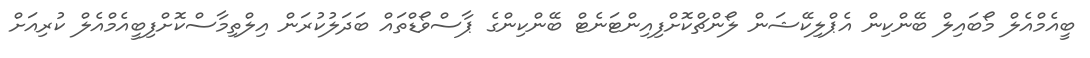
ބީއެމްއެލް މޯބައިލް ބޭންކިން އެޕްލިކޭޝަން ލޯންޗްކޮށްފިއިންޓަނެޓް ބޭންކިންގެ ޕާސްވޯޑްތައް ބަދަލުކުރަން އިލްތިމާސްކޮށްފިބީއެމްއެލް ކުރިއަށް